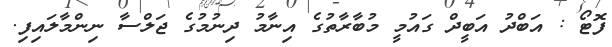
ފޮޓޯ : އަބްދު އަބީދް ގައުމީ މުބާރާތުގެ އިނާމު ދިނުމުގެ ޖަލްސާ ނިންމާލައިފި.